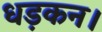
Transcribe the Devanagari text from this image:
धड़कन।